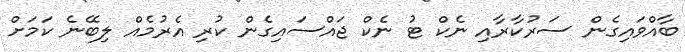
ބާއްވައިގެން ސަރުކާރާއި ނެކް ޓު ނެކް ޖައްސައިގެން ކުރި އެރުމެއް ލިބޭނެ ކަމަށް